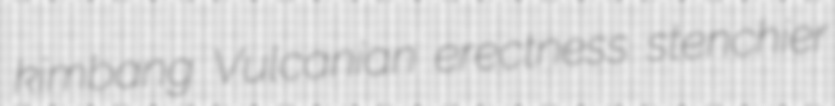
kimbang Vulcanian erectness stenchier